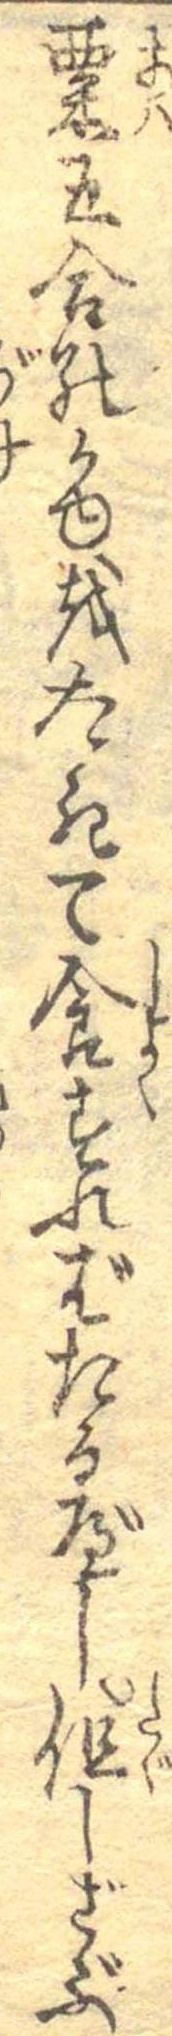
粟五合のかゆをたきて食すればたるべし但しざぶ